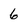
Character: 6